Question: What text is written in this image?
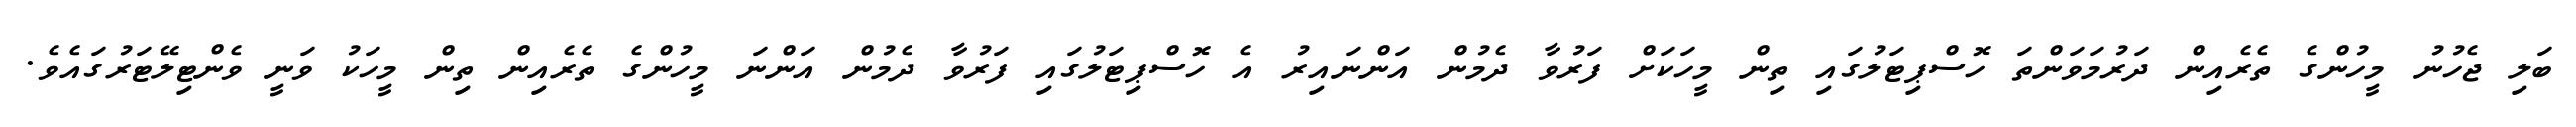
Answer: ބަލި ޖެހުނު މީހުންގެ ތެރެއިން ދަރުމަވަންތަ ހޮސްޕިޓަލުގައި ތިން މީހަކަށް ފަރުވާ ދެމުން އަންނައިރު އެ ހޮސްޕިޓަލުގައި ފަރުވާ ދެމުން އަންނަ މީހުންގެ ތެރެއިން ތިން މީހަކު ވަނީ ވެންޓިލޭޓަރުގައެވެ.